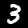
Digit: 3